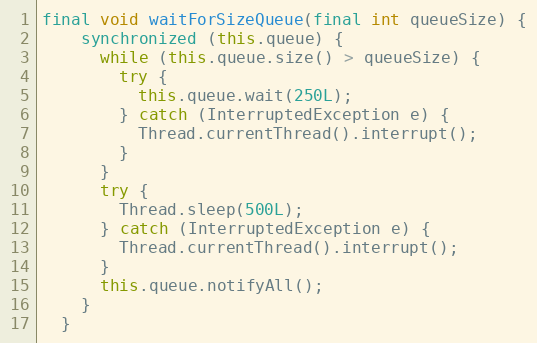
Language: Java
final void waitForSizeQueue(final int queueSize) {
    synchronized (this.queue) {
      while (this.queue.size() > queueSize) {
        try {
          this.queue.wait(250L);
        } catch (InterruptedException e) {
          Thread.currentThread().interrupt();
        }
      }
      try {
        Thread.sleep(500L);
      } catch (InterruptedException e) {
        Thread.currentThread().interrupt();
      }
      this.queue.notifyAll();
    }
  }